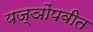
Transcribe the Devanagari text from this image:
यज्ञोंपवीत